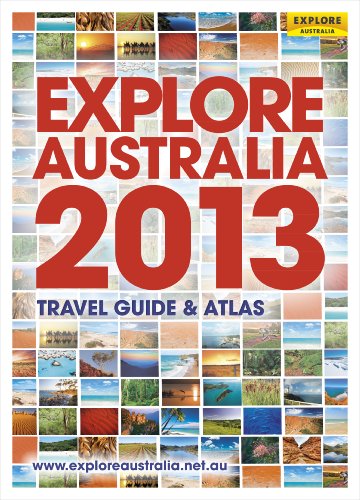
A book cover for Explore Australia 2013; Explore Australia; Travel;